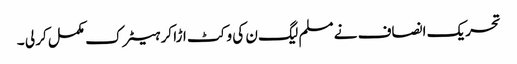
تحریک انصاف نے مسلم لیگ ن کی وکٹ اڑا کر ہیٹرک مکمل کر لی ۔